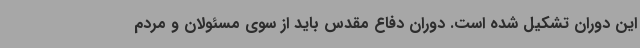
این دوران تشکیل شده است. دوران دفاع مقدس باید از سوی مسئولان و مردم